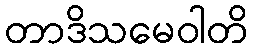
တာဒိသမေဝါတိ